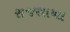
રાજશાખા